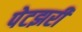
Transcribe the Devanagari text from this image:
पेटझरी